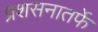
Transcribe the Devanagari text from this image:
प्रशसनातर्फे